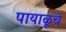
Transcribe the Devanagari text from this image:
पायाळूचे